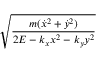
\sqrt { \frac { m ( \dot { x } ^ { 2 } + \dot { y } ^ { 2 } ) } { 2 E - k _ { x } x ^ { 2 } - k _ { y } y ^ { 2 } } }